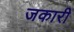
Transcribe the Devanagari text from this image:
जकारी